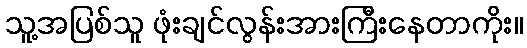
သူ့အပြစ်သူ ဖုံးချင်လွန်းအားကြီးနေတာကိုး။